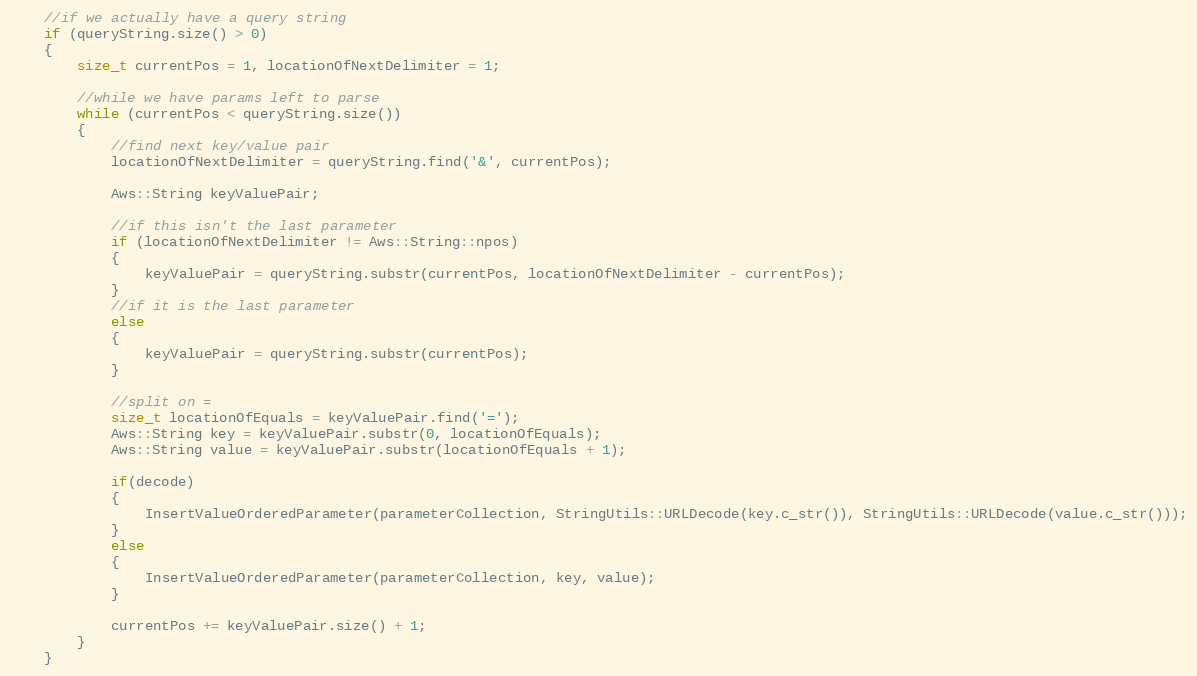
Language: C++
    //if we actually have a query string
    if (queryString.size() > 0)
    {
        size_t currentPos = 1, locationOfNextDelimiter = 1;

        //while we have params left to parse
        while (currentPos < queryString.size())
        {
            //find next key/value pair
            locationOfNextDelimiter = queryString.find('&', currentPos);

            Aws::String keyValuePair;

            //if this isn't the last parameter
            if (locationOfNextDelimiter != Aws::String::npos)
            {
                keyValuePair = queryString.substr(currentPos, locationOfNextDelimiter - currentPos);
            }
            //if it is the last parameter
            else
            {
                keyValuePair = queryString.substr(currentPos);
            }

            //split on =
            size_t locationOfEquals = keyValuePair.find('=');
            Aws::String key = keyValuePair.substr(0, locationOfEquals);
            Aws::String value = keyValuePair.substr(locationOfEquals + 1);

            if(decode)
            {
                InsertValueOrderedParameter(parameterCollection, StringUtils::URLDecode(key.c_str()), StringUtils::URLDecode(value.c_str()));
            }
            else
            {
                InsertValueOrderedParameter(parameterCollection, key, value);
            }

            currentPos += keyValuePair.size() + 1;
        }
    }